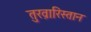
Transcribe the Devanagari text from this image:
तुख़ारिस्तान